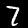
Label: 7